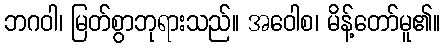
ဘဂဝါ၊ မြတ်စွာဘုရားသည်။ အဝေါစ၊ မိန့်တော်မူ၏။